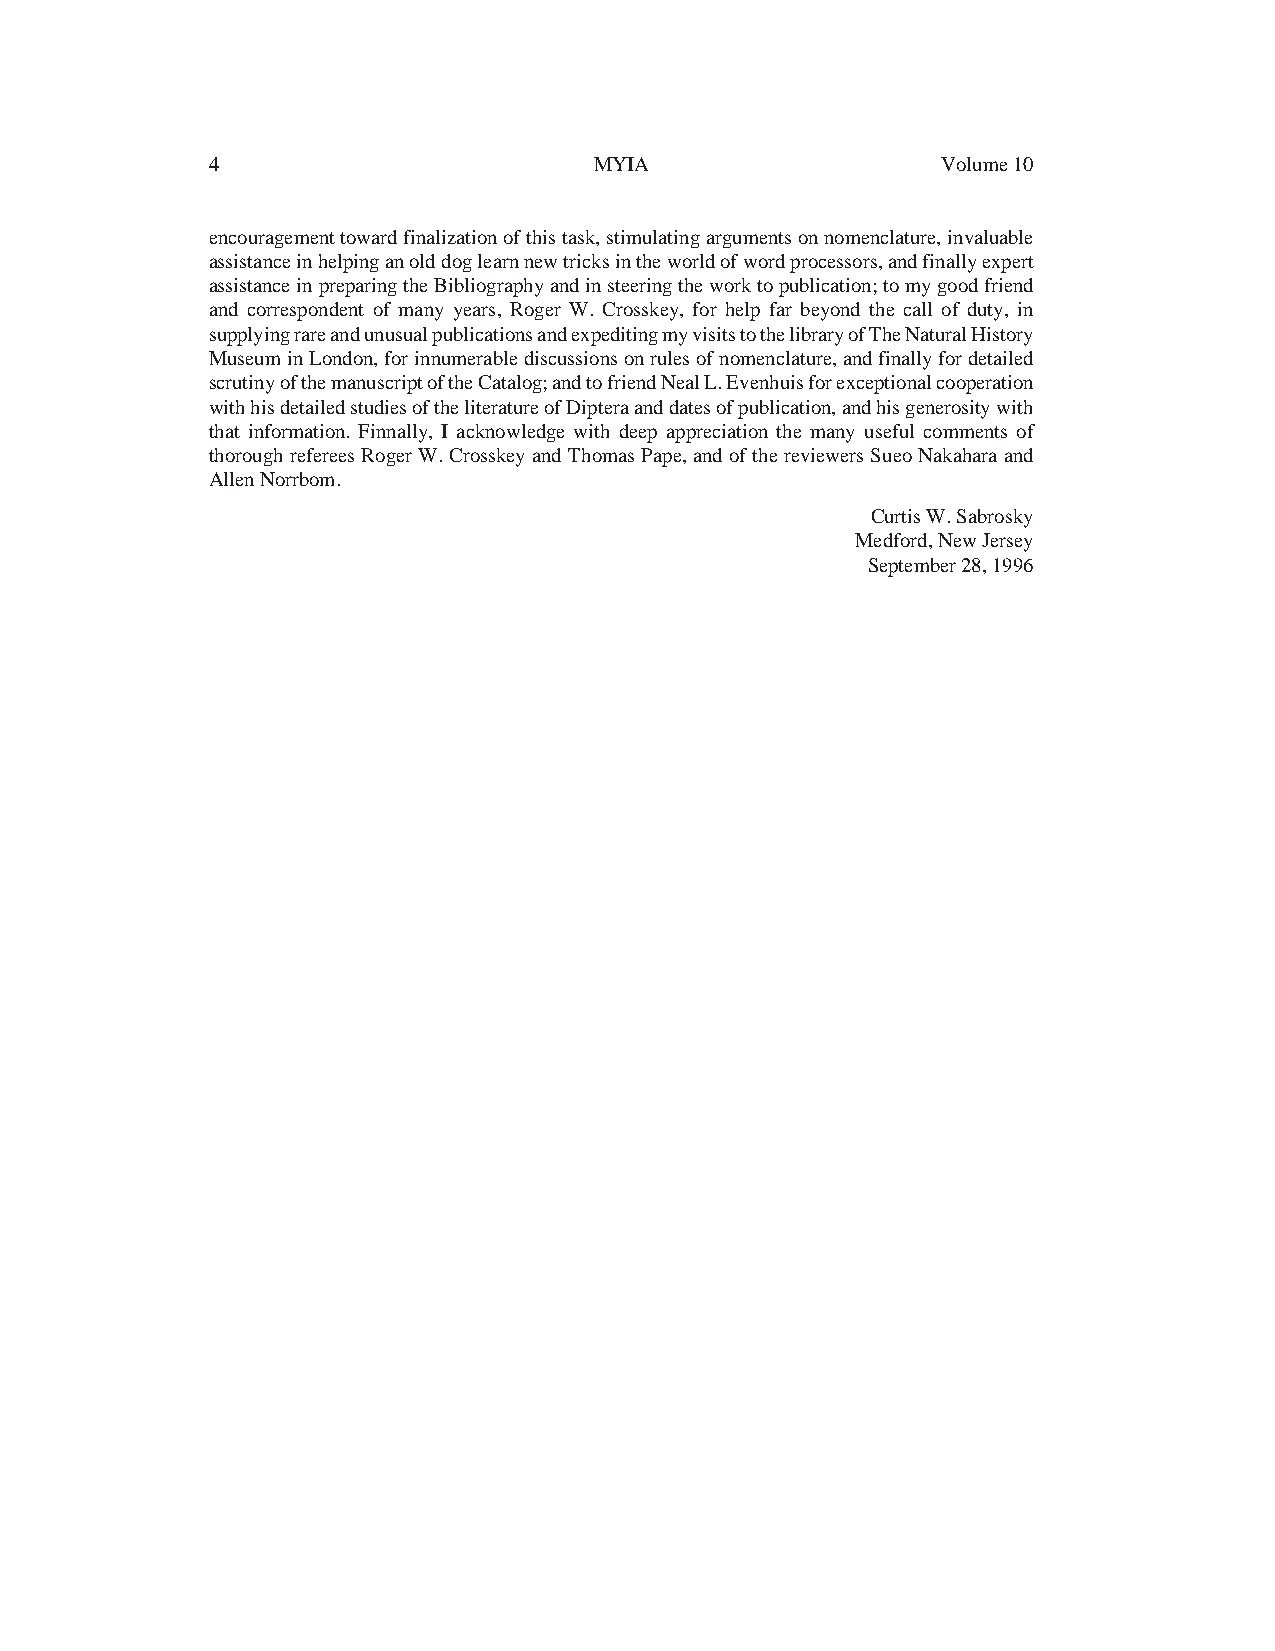
4                        MYIA                   Volume 10
 encouragementtowardfinalizationofthistask,stimulatingargumentsonnomenclature,invaluable
 assistancein helpingan olddog learn new tricks in theworld of word processors,andfinallyexpert
 assistanceinpreparingtheBibliographyandinsteeringtheworktopublication;tomygoodfriend
 and correspondent of many years, Roger W. Crosskey, for help far beyond the call of duty, in
 supplyingrareandunusualpublicationsandexpeditingmyvisitstothelibraryofTheNaturalHistory
 MuseuminLondon,forinnumerablediscussionsonrulesofnomenclature,andfinallyfordetailed
 scrutinyofthemanuscriptoftheCatalog;andtofriendNealL.Evenhuisforexceptionalcooperation
 with hisdetailedstudiesoftheliteratureofDipteraanddatesofpublication,andhisgenerositywith
 that information. Finnally, I acknowledge with deep appreciation the many useful comments of
 thorough refereesRoger W.Crosskeyand ThomasPape,and of thereviewersSueoNakaharaand
 Allen Norrbom.
 Curtis W.Sabrosky
 Medford,NewJersey
 September28,1996